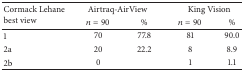
<table><thead><tr><td rowspan="2"><b>Cormack Lehane best view</b></td><td colspan="2"><b>Airtraq-AirView</b></td><td colspan="2"><b>King Vision</b></td></tr><tr><td><b><i>n</i> = 90</b></td><td><b>%</b></td><td><b><i>n</i> = 90</b></td><td><b>%</b></td></tr></thead><tbody><tr><td>1</td><td>70</td><td>77.8</td><td>81 </td><td>90.0</td></tr><tr><td>2a</td><td>20</td><td>22.2</td><td>8</td><td>8.9</td></tr><tr><td>2b</td><td>0</td><td> </td><td>1 </td><td>1.1</td></tr></tbody></table>